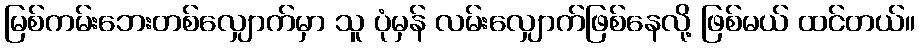
မြစ်ကမ်းဘေးတစ်လျှောက်မှာ သူ ပုံမှန် လမ်းလျှောက်ဖြစ်နေလို့ ဖြစ်မယ် ထင်တယ်။